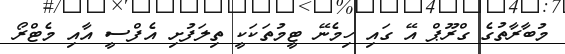
މުބާރާތުގެ ގްރޫޕް އޭ ގައި ހިމެނޭ ޓީމުތަކަކީ ތިލަފުށި އެފްސީ އާއި މެޓްރޯ